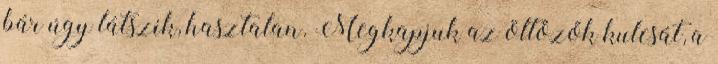
bár úgy látszik, hasztalan. Megkapjuk az öltözők kulcsát, a